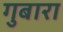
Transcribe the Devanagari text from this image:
गुबारा